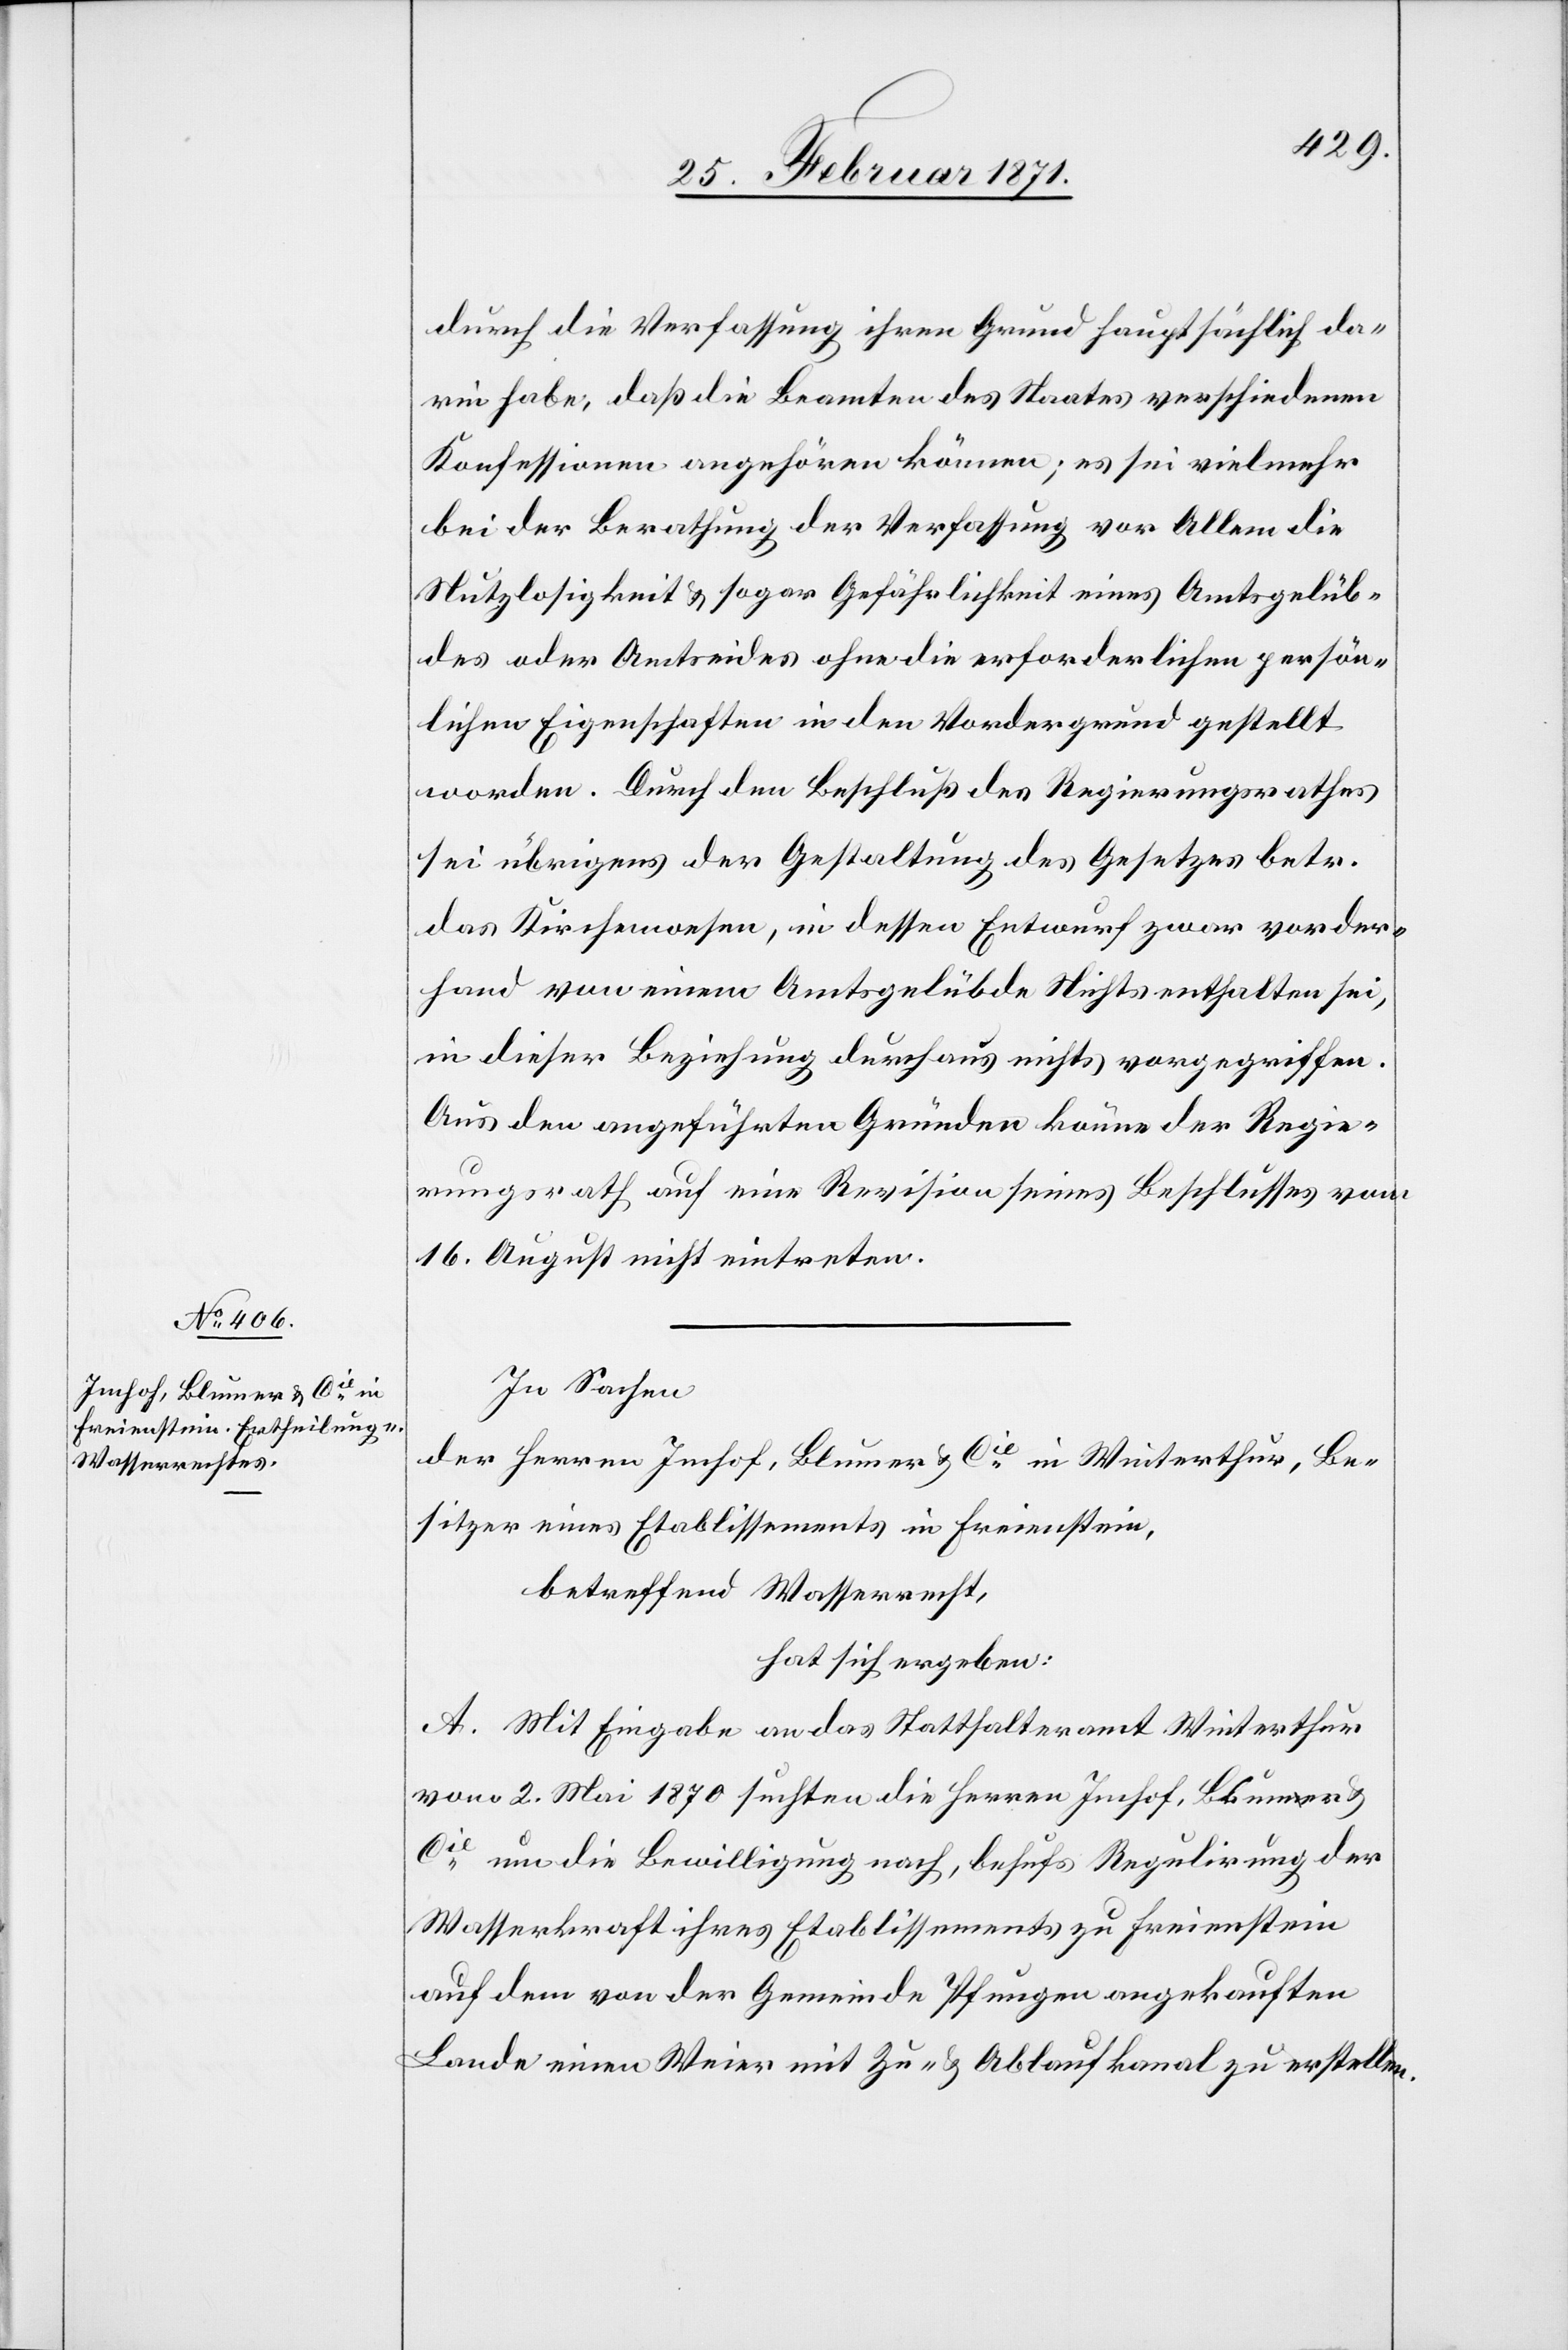
durch die Verfassung ihren Grund hauptsächlich da¬
rin habe, daß die Beamten des Staates verschiedenen
Konfessionen angehören können; es sei vielmehr
bei der Berathung der Verfassung vor Allem die
Nutzlosigkeit u. sogar Gefährlichkeit eines Amtsgelüb¬
des oder Amtseides ohne die erforderlichen persön¬
lichen Eigenschaften in den Vordergrund gestellt
werden. Durch den Beschluß des Regierungsrathes
sei übrigens der Gestaltung des Gesetzes betr.
das Kirchenwesen, in dessen Entwurf zwar vorder¬
hand von einem Amtsgelübde Nichts enthalten sei,
in dieser Beziehung durchaus nichts vorgegriffen.
Aus den angeführten Gründen könne der Regie¬
rungsrath auf eine Revision seines Beschlusses vom
16. August nicht eintreten.
In Sachen
der Herren Imhof, Blumer & Cie. in Winterthur, Be¬
sitzer eines Etablissements in Freienstein,
betreffend Wasserrecht,
hat sich ergeben:
A. Mit Eingabe an das Statthalteramt Winterthur
vom 2. Mai 1870 suchten die Herren Imhof, Blumer &
Cie. um die Bewilligung nach, behufs Regulirung der
Wasserkraft ihres Etablissements zu Freienstein
auf dem von der Gemeinde Pfungen angekauften
Lande einen Weier mit Zu- u. Ablaufkanal zu erstellen.